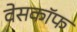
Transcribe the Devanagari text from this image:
वेसकॉफ